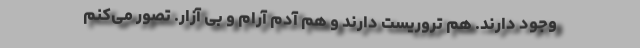
وجود دارند. هم تروریست دارند و هم آدم آرام و بی آزار. تصور می‌کنم